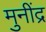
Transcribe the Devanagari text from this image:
मुनींद्र